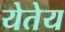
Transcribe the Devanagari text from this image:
येतेय